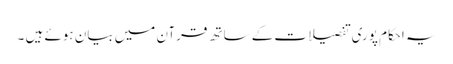
یہ احکام پوری تفصیلات کے ساتھ قرآن میں بیان ہوئے ہیں ۔